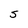
Character: S